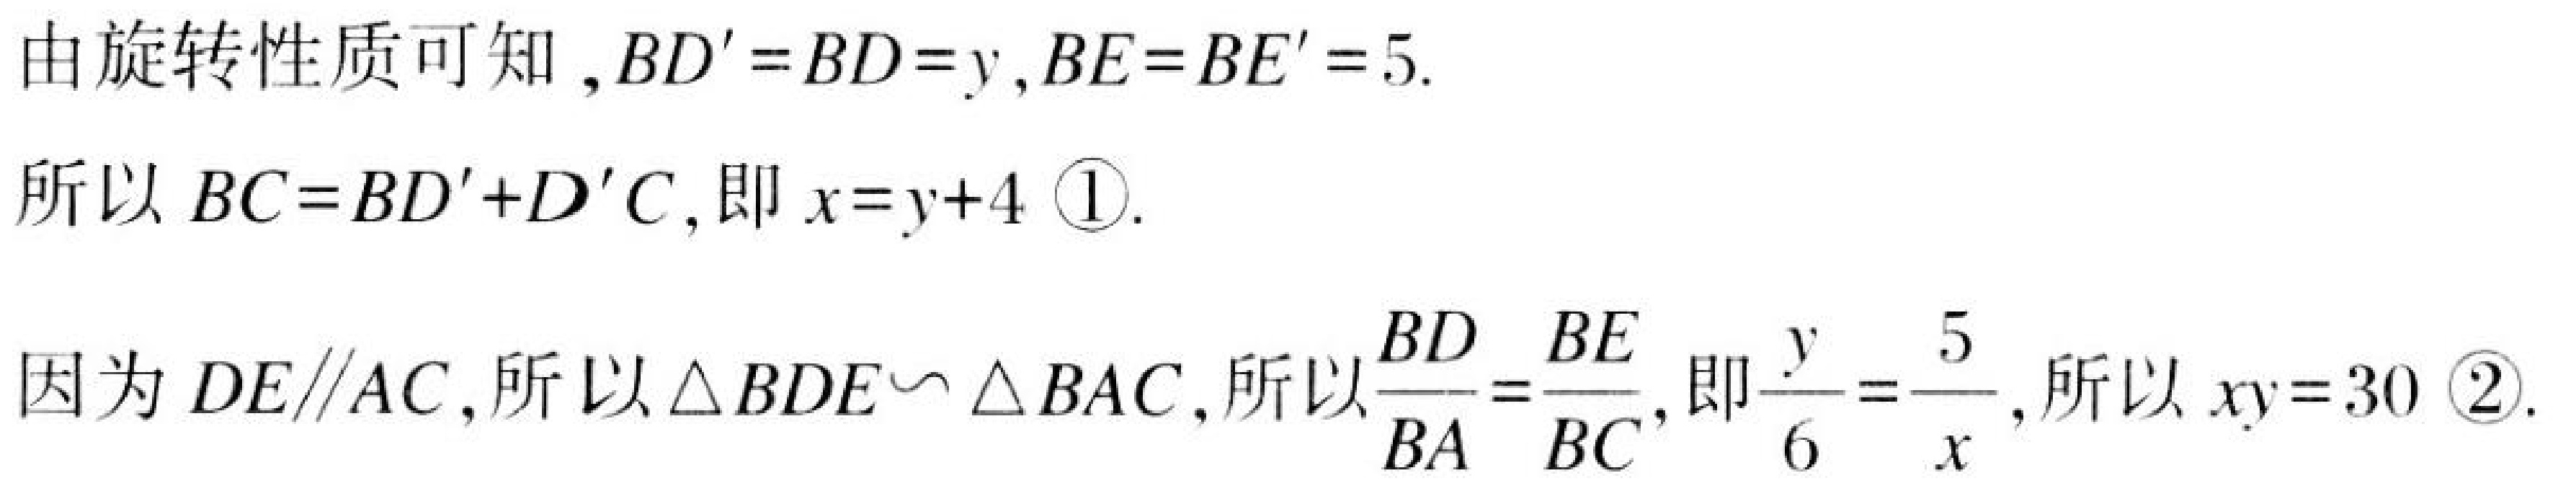
由旋转性质可知,\(BD' = BD = y,BE = BE' = 5.\)
所以\(BC = BD'+D'C\),即\(x = y + 4\) \textcircled{1}.
因为\(DE\parallel AC\),所以\(\triangle BDE\backsim\triangle BAC\),所以\(\frac{BD}{BA}=\frac{BE}{BC}\),即\(\frac{y}{6}=\frac{5}{x}\),所以\(xy = 30\) \textcircled{2}.